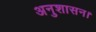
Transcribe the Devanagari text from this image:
अनुशासन।